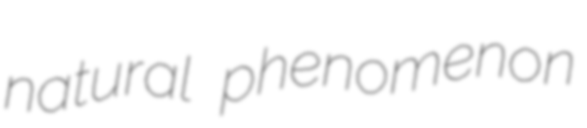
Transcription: natural phenomenon